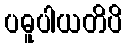
ပဓူပါယတိပိ